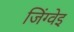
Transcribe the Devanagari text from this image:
जिंग्वेइ